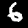
Digit: 6